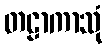
တဠာကာသုံ